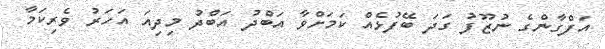
އަފްގާންގެ ނުޒޫފު ގަދަ ބޭފުޅެއް ކަމަށްވާ އަބްދު އަބްދު މިދިއަ އަހަރު ވެރިކަމާ